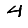
Digit: 4